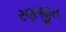
રણજીત